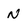
Character: n